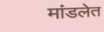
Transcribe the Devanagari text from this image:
मांडलेत